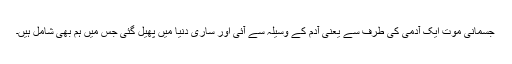
جسمانی موت ایک آدمی کی طرف سے یعنی آدم کے وسیلہ سے آئی اور ساری دنیا میں پھیل گئی جس میں ہم بھی شامل ہیں۔